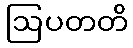
ဩပတတိ